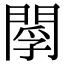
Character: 𨴫